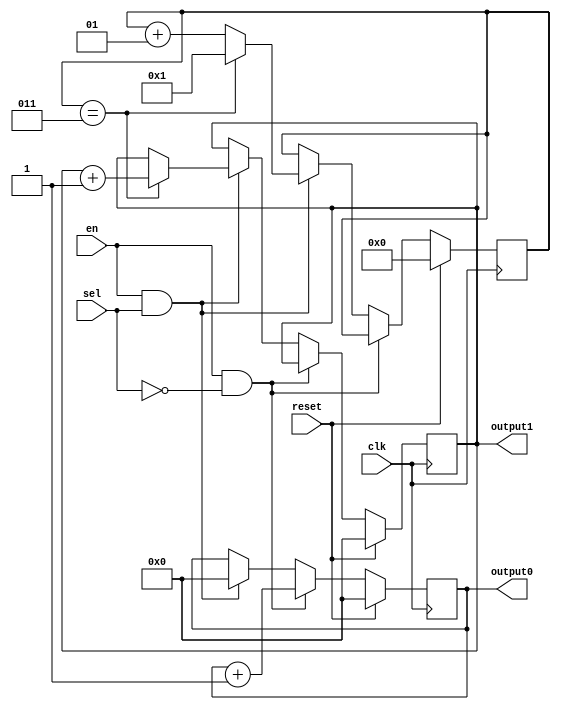
`timescale 1ns / 1ps
//////////////////////////////////////////////////////////////////////////////////
// Company: 
// Engineer: 
// 
// Design Name: 
// Module Name:    counter 
// Project Name: 
// Target Devices: 
// Tool versions: 
// Description: 
//
// Dependencies: 
//
// Revision: 
// Revision 0.01 - File Created
// Additional Comments: 
//
//////////////////////////////////////////////////////////////////////////////////
module counter(
    input sel,
    input clk,
    input en,
	 input reset,
    output [63:0] output0,
    output [63:0] output1
    );
	 reg[63:0] out0=0,out1=0;
	 assign output0 = out0;
	 assign output1 = out1;
	 integer i = 0;
	 always@(posedge clk)begin
		if(reset)begin
			out0<=0;
			out1<=0;
			i<=0;
		end
		else if(en&&!sel)
			out0<=out0+1;
		else if(en&&sel)begin
			out0<=0;
			if(i==3)begin
				out1<=out1+1;
				i<=1;
			end
			else
				i<=i+1;
		end
		else
			;
	 end


endmodule